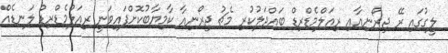
ލީގުގައި ރޭ ޖިރޯނިއާއި ރިއަލްމެޑްރިޑް ބައްދަލުކުރި މެޗު ޖިރޯނިއާ ކާމިޔާބުކޮށްފައިވަނީ ރިއަލްމެޑްރިޑް ލަނޑެއް